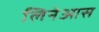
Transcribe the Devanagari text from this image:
लिनेआस